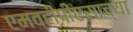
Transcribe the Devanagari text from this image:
एमव्हीपीएसाच्या